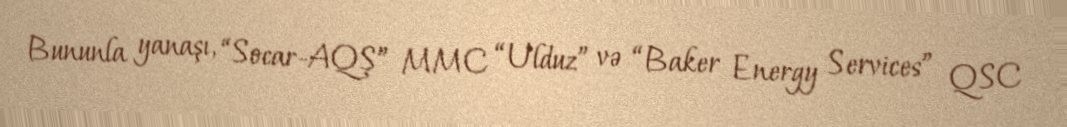
Bununla yanaşı, “Socar-AQŞ” MMC “Ulduz” və “Baker Energy Services” QSC